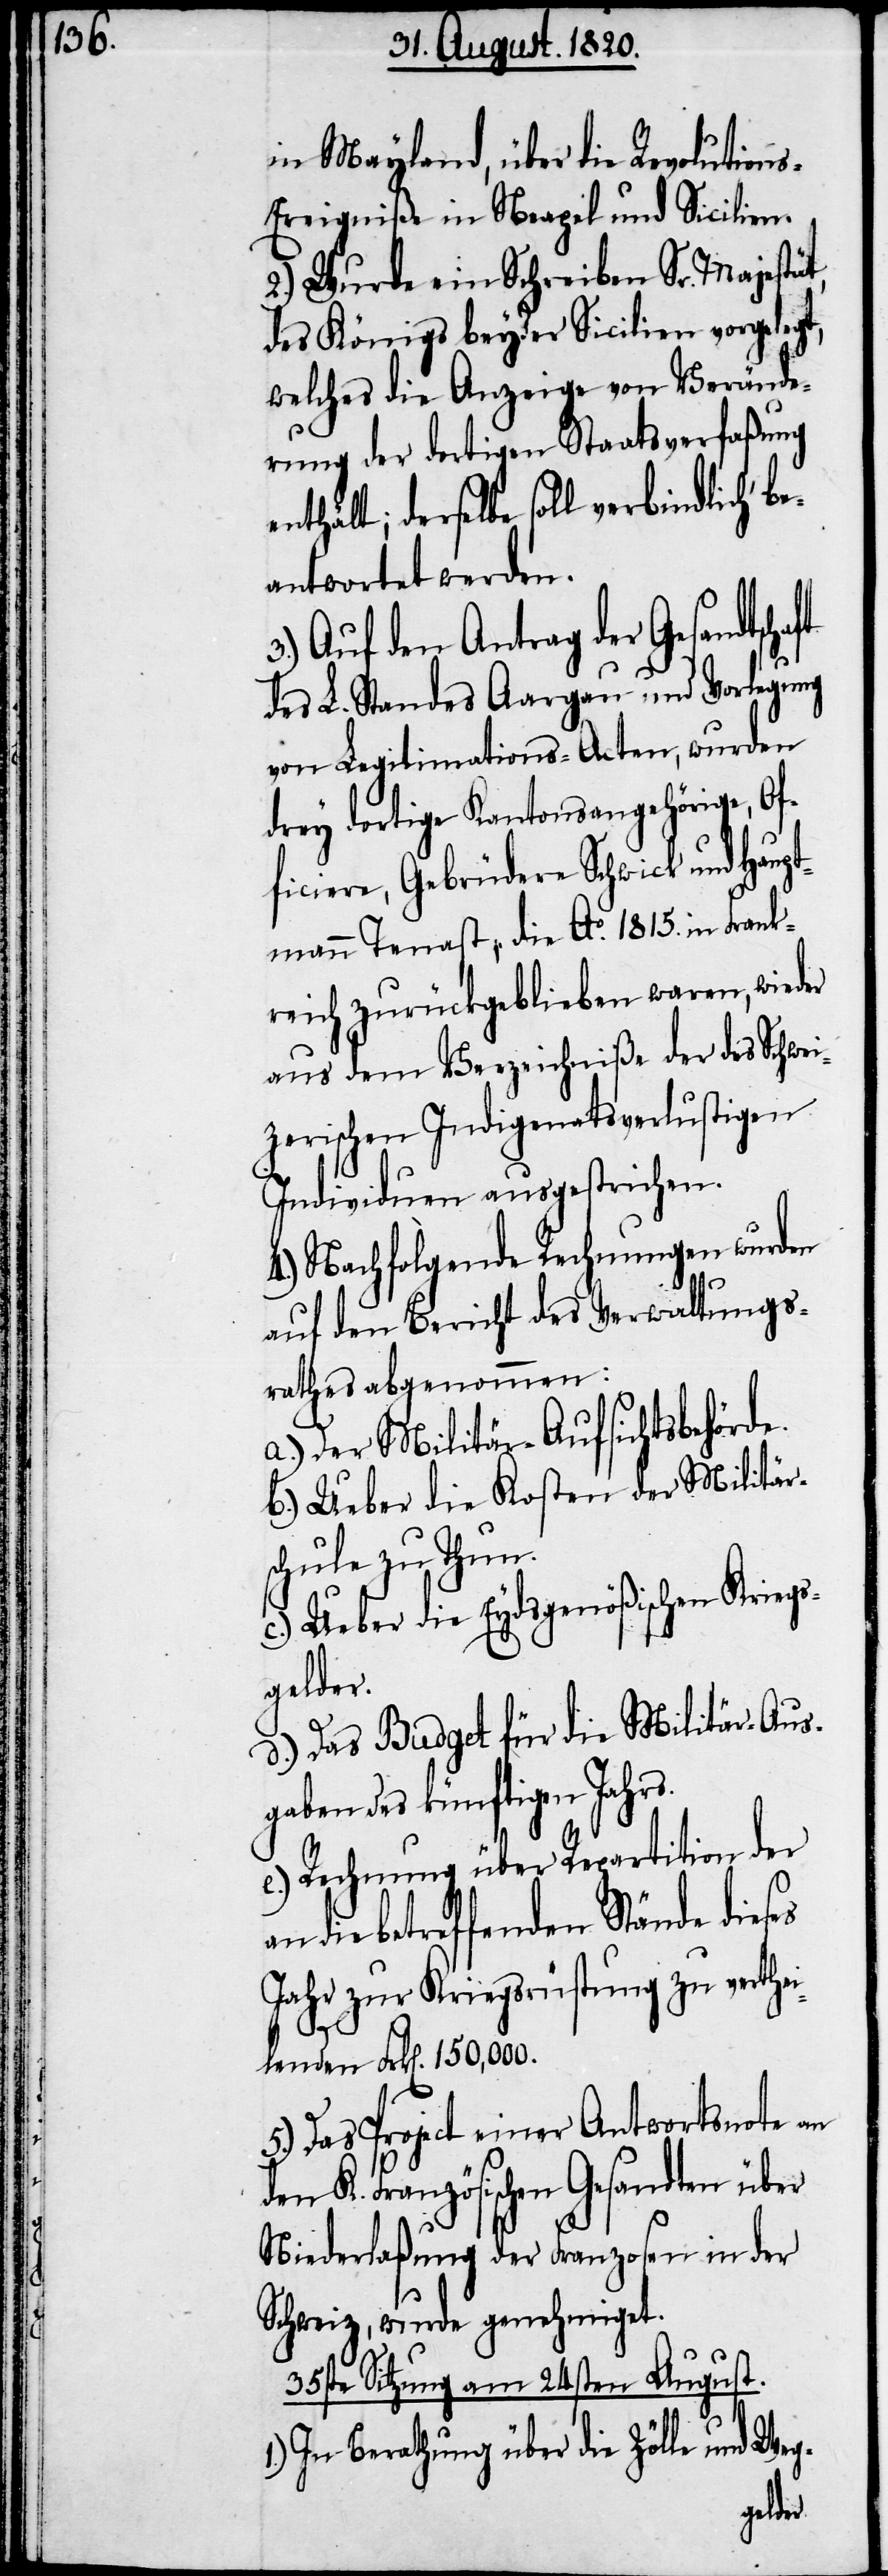
in Mayland, über die Revolution¬
s-Ereigniße in Neapel und Sicilien.
2.) Wurde ein Schreiben Sr. Majestät,
des Königs beyder Sicilien vorgelegt,
welches die Anzeige von Verände¬
rung der dortigen Staatsverfaßung
nthält, derselbe soll verbindlich be¬
antwortet werden.
Auf den Antrag der Gesandtsch¬
des L. Standes Aargau und Verlegung
von Legitimations-Acten, wurden
drey dortige Kantonsangehörige, Of¬
ficiere, Gebrüdere Schwick und Haup¬
tmann Tenast, die Ao. 1815. in Frank¬
reich zurückgeblieben waren, wieder
aus dem Verzeichniße der des Schwei¬
zerischen Indigenatsverlustigen
Individuen ausgestrichen.
4.) Nachfolgende Rechnungen wurden
auf den Bericht des Verwaltungs¬
rathes abgenommen:
a.) Der Militär-Aufsichtsbehörde.
b.) Ueber die Kosten der Militär¬
schule zu Thun.
c.) Ueber die Eydsgenößischen Kriegs¬
gelder.
d.) Das Budget für die Militär-Aus¬
gaben des künftigen Jahrs.
e.) Rechnung über Repartition der
die betreffenden Stände dieses
Jahr zur Kriegsrüstung zu verthei¬
lenden Frk[en]. 150,000.
5.) Das Project einer Antwortsnote an
den K. Französischen Gesandten über
Niederlaßung der Franzosen in der
Schweiz, wurde genehmigt.
35ste Sitzung am 24sten August.
In Berathung über die Zölle und Weg-
aft